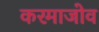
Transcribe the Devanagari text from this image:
करमाजोव